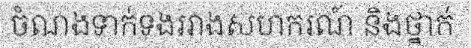
ចំណងទាក់ទងរវាងសហករណ៍ និងថ្នាក់